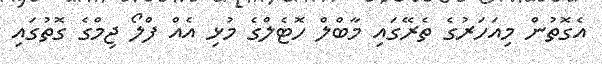
އެގޮތުން މިއަހަރުގެ ތެރޭގައި މާބްލް ހޮޓެލްގެ މުޅި އެއް ފްލޯ ޖިމްގެ ގޮތުގައި